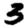
Digit: 3